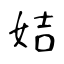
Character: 姞